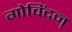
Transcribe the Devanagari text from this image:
गोविंदन्